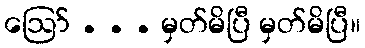
ဪ . . . မှတ်မိပြီ မှတ်မိပြီ။